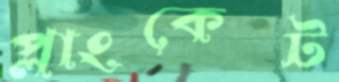
প্লাংকেট